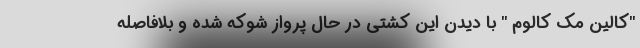
"کالین مک کالوم " با دیدن این کشتی در حال پرواز شوکه شده و بلافاصله